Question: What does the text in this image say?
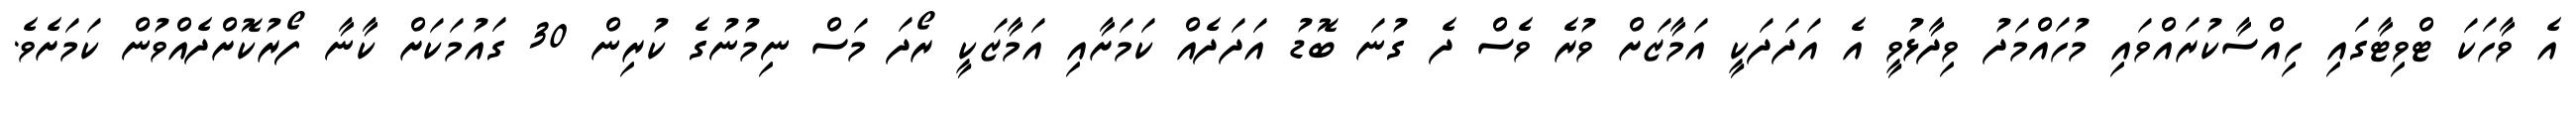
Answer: އެ ވާހަކަ ޓްވިޓާގައި ހިއްސާކުރައްވައި މުހައްމަދު ވިދާޅުވީ އެ އަދަދަކީ އަމާޒަށް ވުރެ ވެސް ދެ ގުނަ ބޮޑު އަދަދެއް ކަމަށާއި އަމާޒަކީ ރޯދަ މަސް ނިމުނުގެ ކުރިން 30 ގައުމަކަށް ކާނާ ފޯރުކޮށްދެއްވުން ކަމަށެވެ.